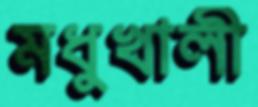
মধুখালী